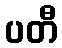
ပတီ